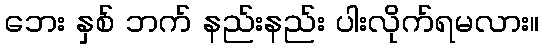
ဘေး နှစ် ဘက် နည်းနည်း ပါးလိုက်ရမလား။